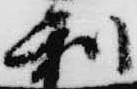
利